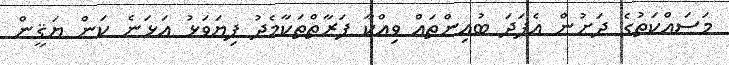
މަސައްކަތުގެ ދަށުން އެފަދަ ބުއިންތައް ވިއްކާ ފަރާތްތަކާމެދު ފިޔަވަޅު އަޅަނެ ކަން ޔަޤީން